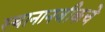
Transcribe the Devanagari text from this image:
स्थानानजीकचे